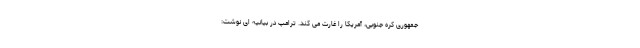
جمهوری کره جنوبی، آمریکا را غارت می کند. ترامپ در بیانیه ای نوشت: